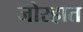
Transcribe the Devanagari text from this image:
जोरहात